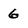
Character: 6